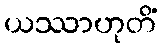
ယဿာဟုတိံ